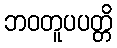
ဘဝတူပပတ္တိ